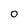
Character: O